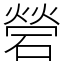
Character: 䃕